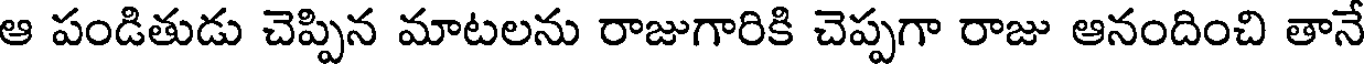
ఆ పండితుడు చెప్పిన మాటలను రాజుగారికి చెప్పగా రాజు ఆనందించి తానే